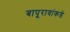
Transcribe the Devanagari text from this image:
बापूरावांकडे